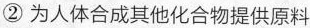
②为人体合成其他化合物提供原料